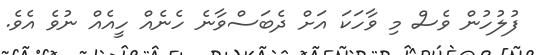
ފުލުހުން ވެސް މި ވާހަކަ އަށް ދެބަސްވާނެ ހެނެއް ހީއެއް ނުވެ އެވެ.